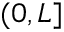
( 0 , L ]